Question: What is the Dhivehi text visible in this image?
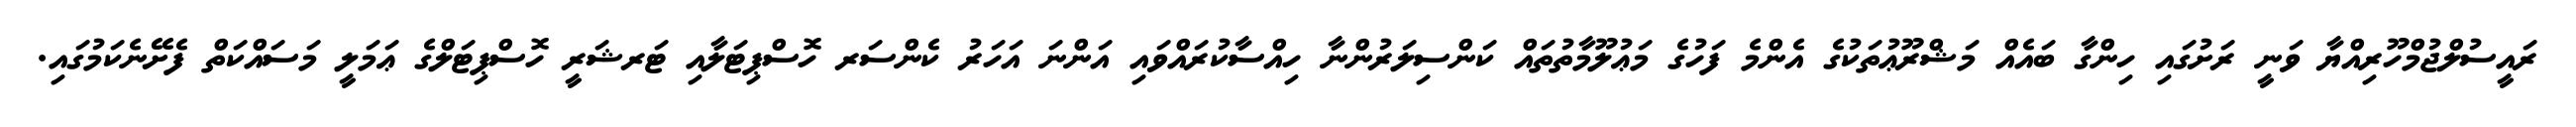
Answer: ރައީސުލްޖުމްހޫރިއްޔާ ވަނީ ރަށުގައި ހިންގާ ބައެއް މަޝްރޫޢުތަކުގެ އެންމެ ފަހުގެ މަޢުލޫމާތުތައް ކަންސިލަރުންނާ ހިއްސާކުރައްވައި އަންނަ އަހަރު ކެންސަރ ހޮސްޕިޓަލާއި ޓަރޝަރީ ހޮސްޕިޓަލްގެ ޢަމަލީ މަސައްކަތް ފެށޭނެކަމުގައި.